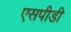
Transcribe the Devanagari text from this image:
एसपीडी